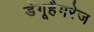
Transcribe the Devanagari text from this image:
डेंगूहैमरेज